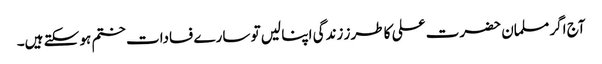
آج اگر مسلمان حضرت علی کا طرز زندگی اپنا لیں تو سارے فسادات ختم ہو سکتے ہیں۔